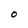
Character: O